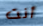
أنت